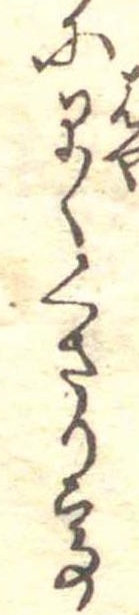
に早くくさりて